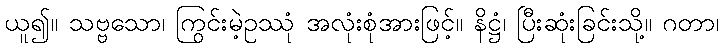
ယူ၍။ သဗ္ဗသော၊ ကြွင်းမဲ့ဥဿုံ အလုံးစုံအားဖြင့်။ နိဋ္ဌံ၊ ပြီးဆုံးခြင်းသို့။ ဂတာ၊